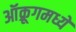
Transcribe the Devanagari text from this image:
ऑक्रूगमध्ये